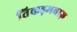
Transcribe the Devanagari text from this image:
तिकड़मबाज़